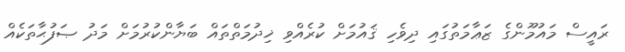
ރައީސް މައުމޫންގެ ޒަޢާމަތުގައި ދިވެހި ޤައުމަށް ކުރެއްވި ޚިދުމަތްތައް ބަޔާންކުރުމަށް މަދު ޞަފުޙާތަކެއް